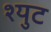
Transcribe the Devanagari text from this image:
श्युट